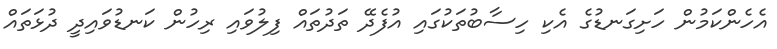
އެހެންކަމުން ހަށިގަނޑުގެ އެކި ހިސާބުތަކުގައި އުފެދޭ ތަދުތައް ފިލުވައި ރިހުން ކަނޑުވައިދީ ދުޅަތައް